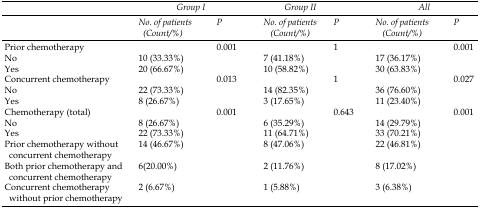
|  | <COLSPAN=2> Group I | <COLSPAN=2> Group II | <COLSPAN=2> All |
 |  | No. of patients (Count/%) | P | No. of patients (Count/%) | P | No. of patients (Count/%) | P |
 | --- | --- | --- | --- | --- | --- | --- |
 | Prior chemotherapy |  | 0.001 |  | 1 |  | 0.001 |
 | No | 10 (33.33%) |  | 7 (41.18%) |  | 17 (36.17%) |  |
 | Yes | 20 (66.67%) |  | 10 (58.82%) |  | 30 (63.83%) |  |
 | Concurrent chemotherapy |  | 0.013 |  | 1 |  | 0.027 |
 | No | 22 (73.33%) |  | 14 (82.35%) |  | 36 (76.60%) |  |
 | Yes | 8 (26.67%) |  | 3 (17.65%) |  | 11 (23.40%) |  |
 | Chemotherapy (total) |  | 0.001 |  | 0.643 |  | 0.001 |
 | No | 8 (26.67%) |  | 6 (35.29%) |  | 14 (29.79%) |  |
 | Yes | 22 (73.33%) |  | 11 (64.71%) |  | 33 (70.21%) |  |
 | Prior chemotherapy without concurrent chemotherapy | 14 (46.67%) |  | 8 (47.06%) |  | 22 (46.81%) |  |
 | Both prior chemotherapy and concurrent chemotherapy | 6(20.00%) |  | 2 (11.76%) |  | 8 (17.02%) |  |
 | Concurrent chemotherapy without prior chemotherapy | 2 (6.67%) |  | 1 (5.88%) |  | 3 (6.38%) |  |